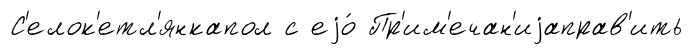
С'елок'етл'янкапол с еjо́ Пр'им'ечан'иjаправ'ить